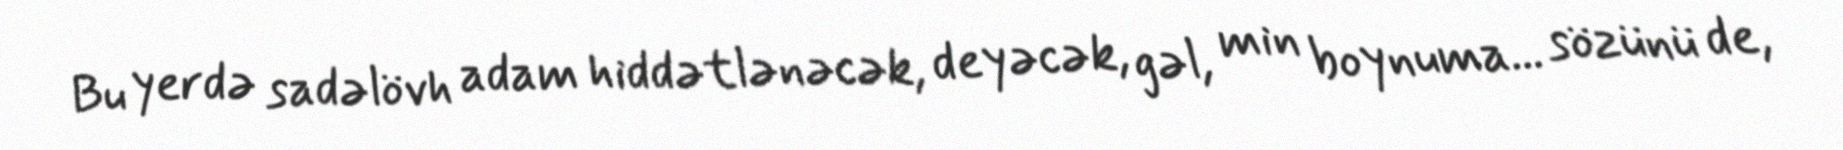
Bu yerdə sadəlövh adam hiddətlənəcək, deyəcək, gəl, min boynuma... sözünü de,